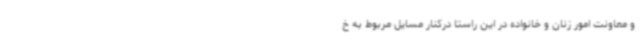
و معاونت امور زنان و خانواده در این راستا درکنار مسایل مربوط به خ